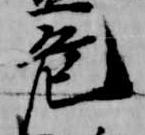
危